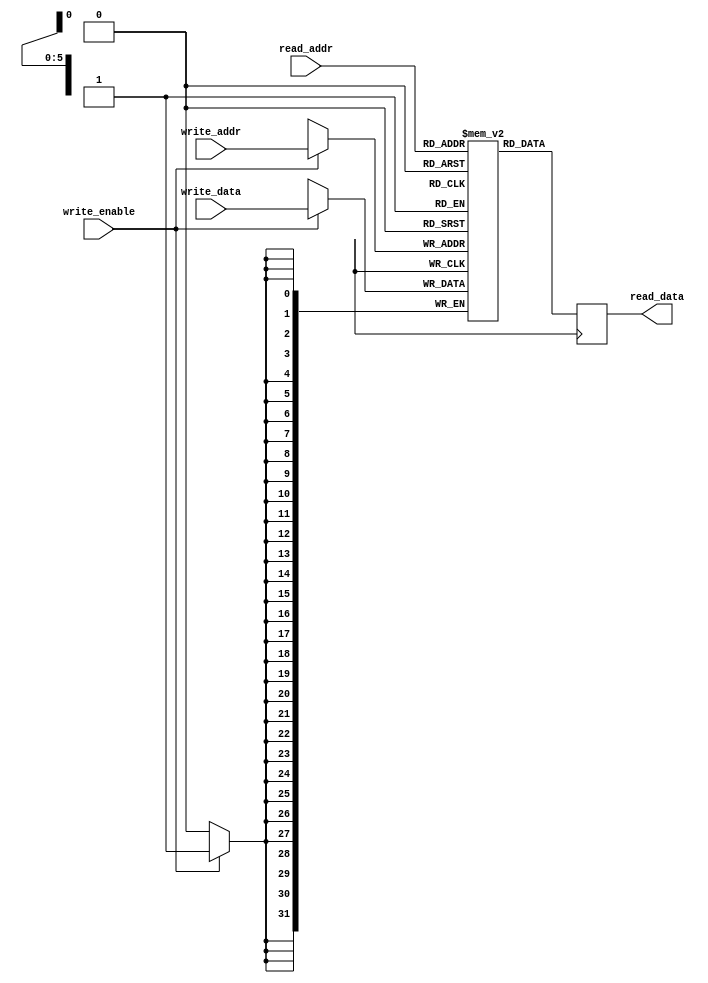
module register_file(
    input [5:0] read_addr,
    input [5:0] write_addr,
    input [31:0] write_data,
    input write_enable,
    output reg [31:0] read_data
);

reg [31:0] registers [0:63]; // Array of 64 registers

always @ (posedge clk) begin
    if (write_enable) begin
        registers[write_addr] <= write_data;
    end
    read_data <= registers[read_addr];
end

endmodule